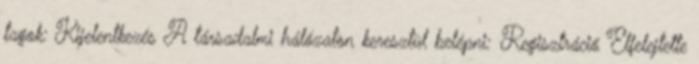
tagok: Kijelentkezés A társadalmi hálózaton keresztül belépni: Regisztráció Elfelejtette